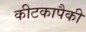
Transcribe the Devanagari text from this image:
कीटकापैकी